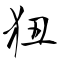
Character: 狃